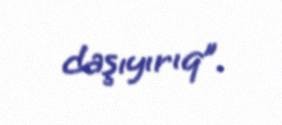
daşıyırıq”.